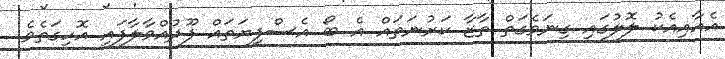
އެއާއިއެކު ލޮލުގައި ގިނަވެގަތް ތާޒާ ކަރުނަތައް އެ ބޯ އެސްފިޔަތައް ފޫދުއްވާލާފައި އޮހިގަތެވެ.